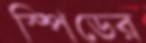
স্পিডের